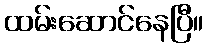
ထမ်းဆောင်နေပြီ။